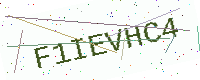
Text: F1IEVHC4